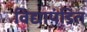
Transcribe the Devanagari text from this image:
विद्यापंडित